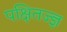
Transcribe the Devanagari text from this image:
पक्षितज्‍ज्ञ